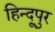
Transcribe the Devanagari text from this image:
हिन्दूपुर